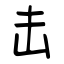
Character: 击